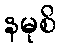
နမုစိ